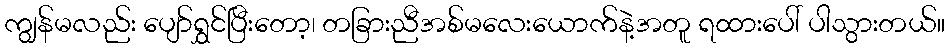
ကျွန်မလည်း ပျော်ရွှင်ပြီးတော့၊ တခြားညီအစ်မလေးယောက်နဲ့အတူ ရထားပေါ် ပါသွားတယ်။